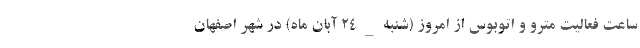
ساعت فعالیت مترو و اتوبوس از امروز (شنبه_۲۴ آبان ماه) در شهر اصفهان